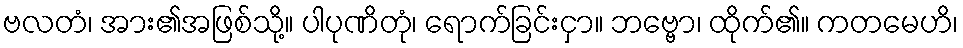
ဗလတံ၊ အား၏အဖြစ်သို့။ ပါပုဏိတုံ၊ ရောက်ခြင်းငှာ။ ဘဗ္ဗော၊ ထိုက်၏။ ကတမေဟိ၊